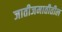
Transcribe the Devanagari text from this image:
जातीजमातीतील